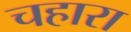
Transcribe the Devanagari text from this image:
चहारा